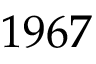
1 9 6 7